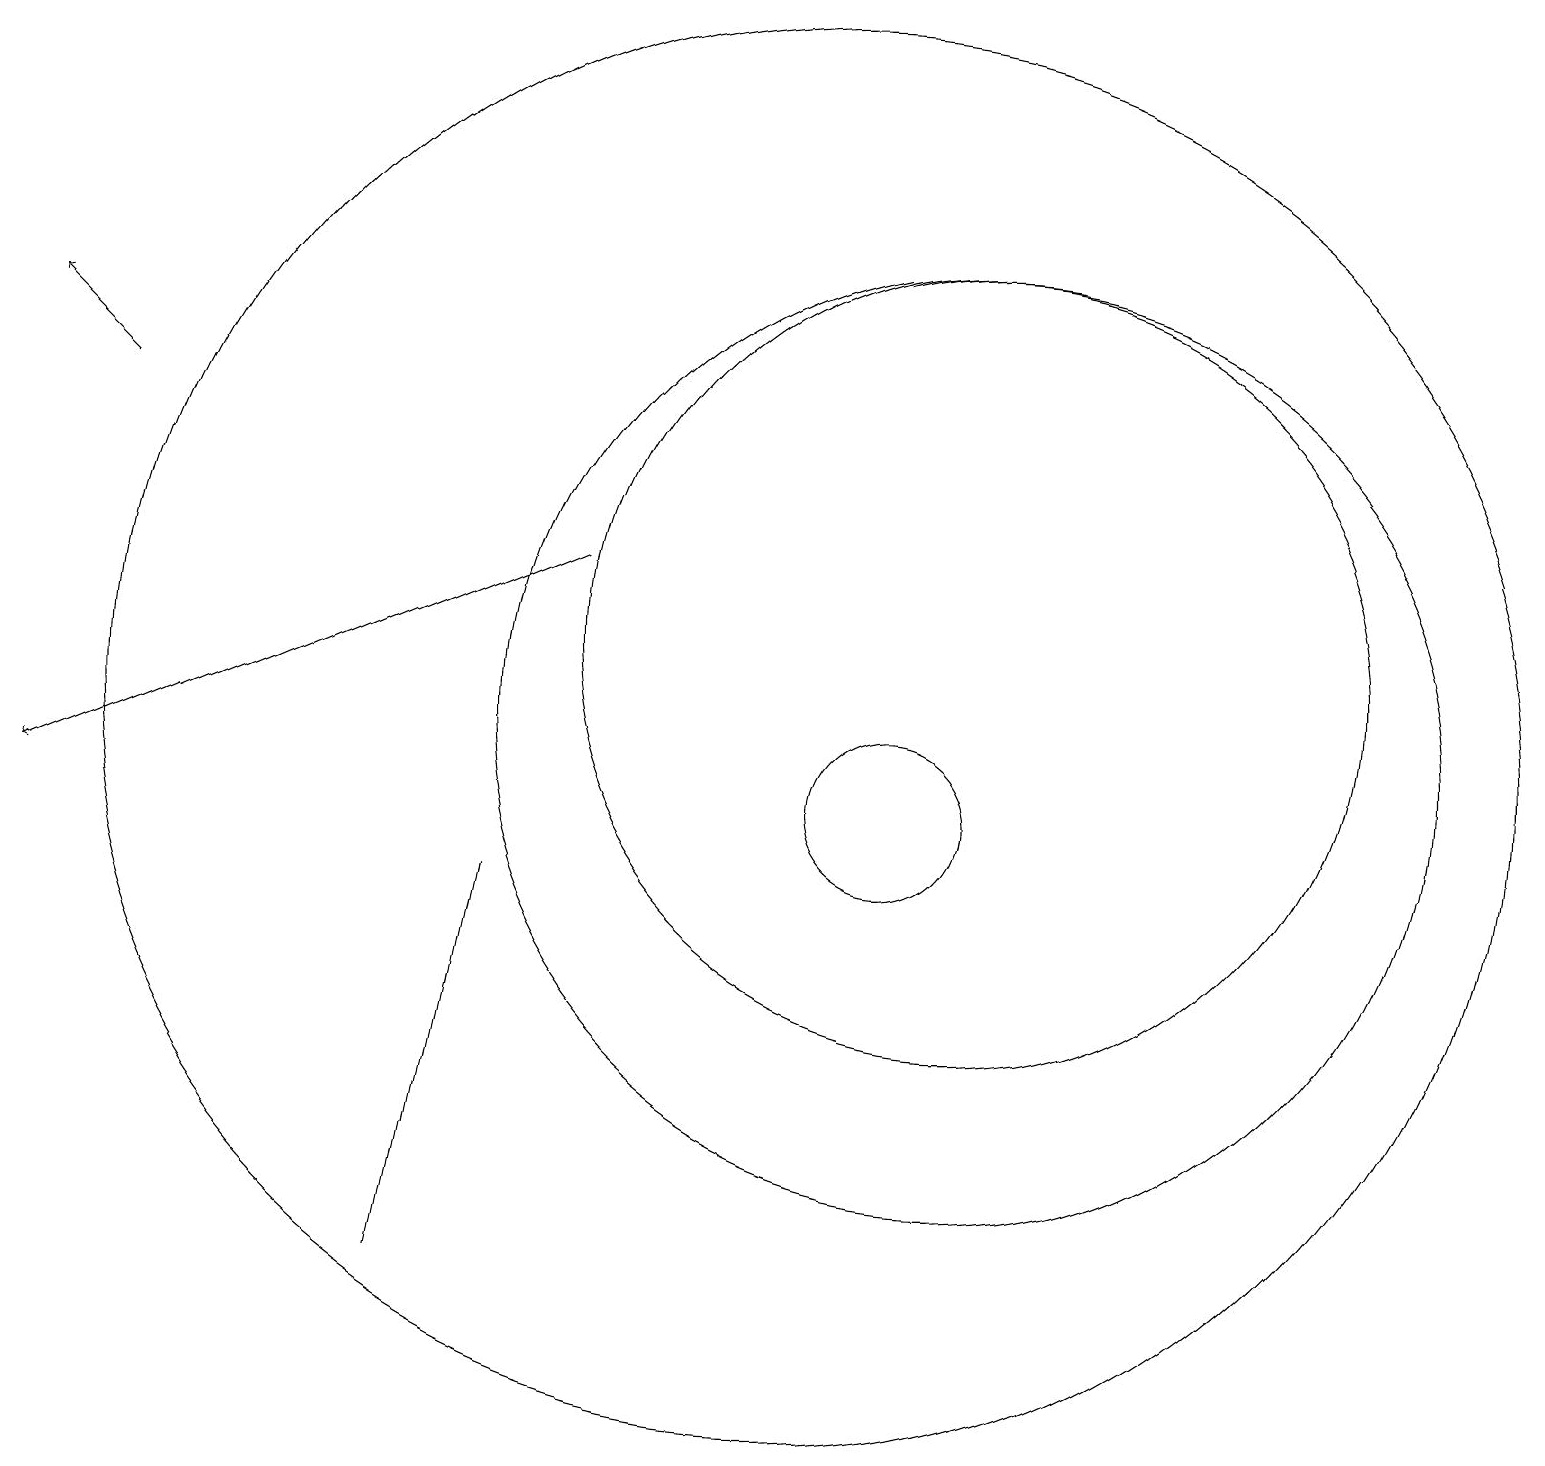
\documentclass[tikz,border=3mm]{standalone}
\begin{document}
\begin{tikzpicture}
\draw (12,11) circle (6);
\draw[->] (1,15) -- (0,16);
\draw[->] (7,13) -- (0,10);
\draw (10,11) circle (9);
\draw (6,9) -- (5,4) -- (5,4) -- cycle;
\draw (12,12) circle (5);
\draw (11,10) circle (1);
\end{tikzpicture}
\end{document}